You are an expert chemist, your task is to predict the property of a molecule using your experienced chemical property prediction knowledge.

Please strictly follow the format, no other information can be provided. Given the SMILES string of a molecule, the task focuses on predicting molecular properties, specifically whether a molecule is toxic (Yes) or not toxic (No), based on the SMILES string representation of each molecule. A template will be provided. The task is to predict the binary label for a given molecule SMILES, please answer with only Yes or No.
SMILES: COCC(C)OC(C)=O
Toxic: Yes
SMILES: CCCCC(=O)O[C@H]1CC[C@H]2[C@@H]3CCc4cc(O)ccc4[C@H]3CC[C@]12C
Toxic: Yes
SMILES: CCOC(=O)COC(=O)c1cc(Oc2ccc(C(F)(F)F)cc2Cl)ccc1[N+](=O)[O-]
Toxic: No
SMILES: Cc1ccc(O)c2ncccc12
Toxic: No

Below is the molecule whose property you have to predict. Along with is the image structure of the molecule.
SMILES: CCC(C)c1cc([N+](=O)[O-])cc([N+](=O)[O-])c1OC(=O)OC(C)C
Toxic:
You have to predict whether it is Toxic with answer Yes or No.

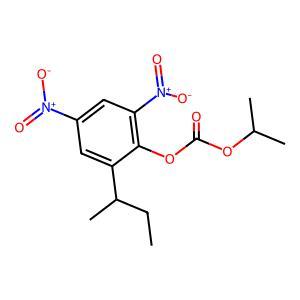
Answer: No